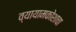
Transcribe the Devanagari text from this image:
व्यायामकोशाचा